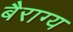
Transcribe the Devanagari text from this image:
बैराग्य